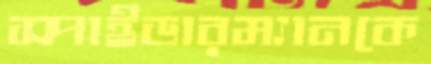
স্পাইডারম্যানকে